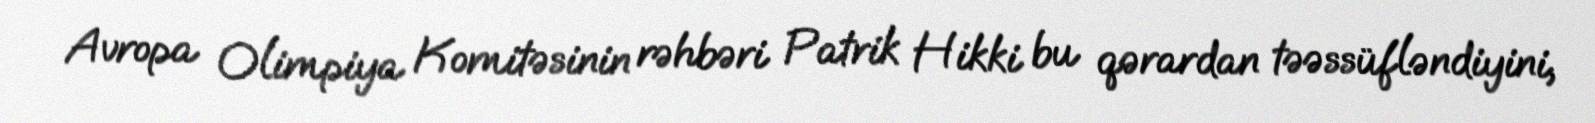
Avropa Olimpiya Komitəsinin rəhbəri Patrik Hikki bu qərardan təəssüfləndiyini,